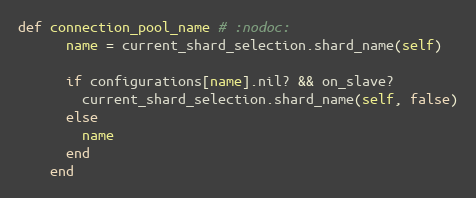
Language: Ruby
def connection_pool_name # :nodoc:
      name = current_shard_selection.shard_name(self)

      if configurations[name].nil? && on_slave?
        current_shard_selection.shard_name(self, false)
      else
        name
      end
    end